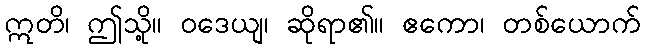
ဣတိ၊ ဤသို့။ ဝဒေယျ၊ ဆိုရာ၏။ ဧကော၊ တစ်ယောက်